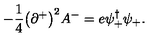
- { \frac { 1 } { 4 } } \bigl ( \partial ^ { + } \bigr ) ^ { 2 } A ^ { - } = e \psi _ { + } ^ { \dagger } \psi _ { + } .